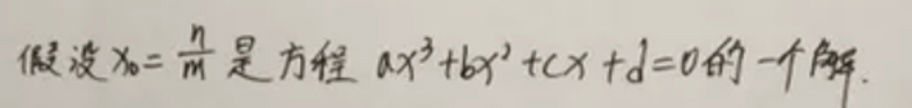
假设$x_0 = \frac{n}{m}$是方程$ax^{3}+bx^{2}+cx + d = 0$的一个解.